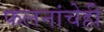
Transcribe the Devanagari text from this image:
फलनांचेही